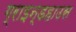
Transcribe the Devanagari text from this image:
ग्राइन्डहाउस